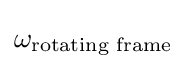
\omega _{\text{rotating frame}}